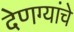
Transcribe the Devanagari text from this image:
देणग्यांचे